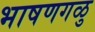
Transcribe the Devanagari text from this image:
भाषणगळु